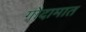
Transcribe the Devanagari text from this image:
गोदामात